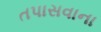
તપાસવાના